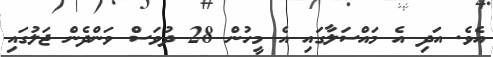
އެވެ. އަދި އެ މައްސަލާގައި އެ މީހުން 28 ދުވަސް ވަންދެން ޖަލުގައި